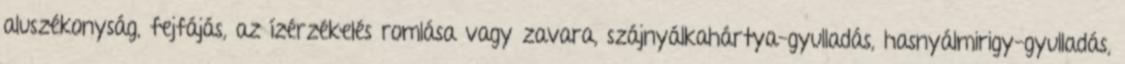
aluszékonyság, fejfájás, az ízérzékelés romlása vagy zavara, szájnyálkahártya-gyulladás, hasnyálmirigy-gyulladás,